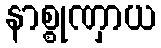
နာစ္စုဏှာယ